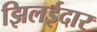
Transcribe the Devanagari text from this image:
झिलईदार